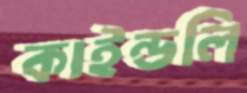
কাইন্ডলি